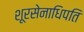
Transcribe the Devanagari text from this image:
शूरसेनाधिपति